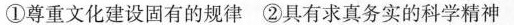
①尊重文化建设固有的规律②具有求真务实的科学精神